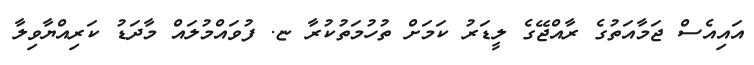
އައިއެސް ޖަމާއަތުގެ ރާއްޖޭގެ ލީޑަރު ކަމަށް ތުހުމަތުކުރާ ޏ. ފުވައްމުލައް މާދަޑު ކަރިއްޔާވިލާ